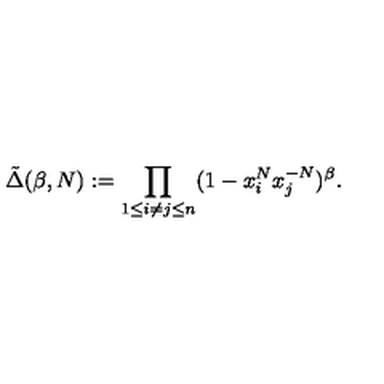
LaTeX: \tilde { \Delta } ( \beta , N ) : = \prod _ { 1 \leq i \neq j \leq n } ( 1 - x _ { i } ^ { N } x _ { j } ^ { - N } ) ^ { \beta } .